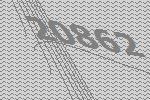
20862